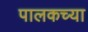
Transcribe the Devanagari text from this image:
पालकच्या